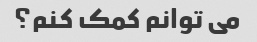
می توانم کمک کنم؟